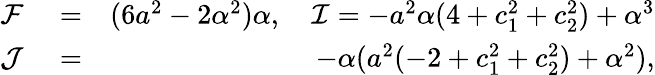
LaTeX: \begin{array}{rlr}{\mathcal{F}}&{{}=}&{(6a^{2}-2\alpha^{2})\alpha,~~~~\mathcal{I}=-a^{2}\alpha(4+c_{1}^{2}+c_{2}^{2})+\alpha^{3}}\\ {\mathcal{J}}&{{}=}&{-\alpha(a^{2}(-2+c_{1}^{2}+c_{2}^{2})+\alpha^{2}),}\end{array}